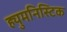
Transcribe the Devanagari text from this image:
ह्युमनिस्टिक